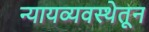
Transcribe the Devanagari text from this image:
न्यायव्यवस्थेतून